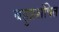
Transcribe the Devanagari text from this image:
बहुप्रशंषित